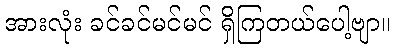
အားလုံး ခင်ခင်မင်မင် ရှိကြတယ်ပေါ့ဗျာ။